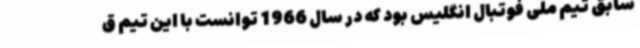
سابق تیم ملی فوتبال انگلیس بود که در سال 1966 توانست با این تیم ق